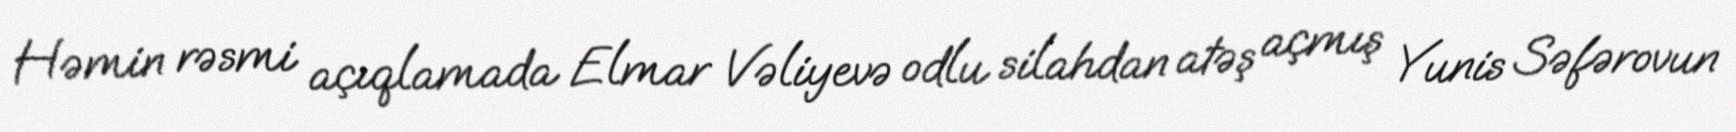
Həmin rəsmi açıqlamada Elmar Vəliyevə odlu silahdan atəş açmış Yunis Səfərovun